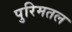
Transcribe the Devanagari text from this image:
पुरिमतल